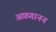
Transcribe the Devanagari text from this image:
अफ़गानन